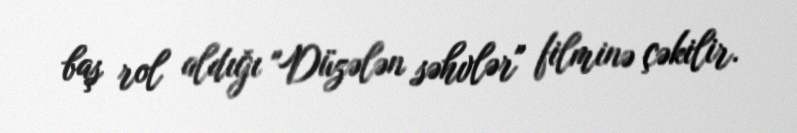
baş rol aldığı "Düzələn səhvlər" filminə çəkilir.